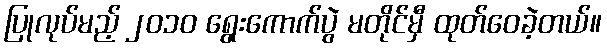
ပြုလုပ်မည့် ၂၀၁၀ ရွေးကောက်ပွဲ မတိုင်မှီ ထုတ်ဝေခဲ့တယ်။